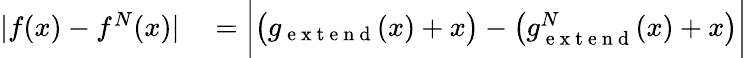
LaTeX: \begin{array}{rl}{|f(x)-f^{N}(x)|}&{{}=\bigg|\big(g_{\mathrm{~e~x~t~e~n~d~}}(x)+x\big)-\big(g_{\mathrm{~e~x~t~e~n~d~}}^{N}(x)+x\big)\bigg|}\end{array}